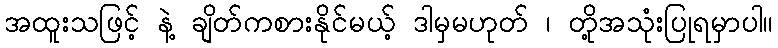
အထူးသဖြင့် နဲ့ ချိတ်ကစားနိုင်မယ့် ဒါမှမဟုတ် ၊ တို့အသုံးပြုရမှာပါ။